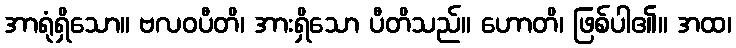
အာရုံရှိသော။ ဗလဝပီတိ၊ အားရှိသော ပီတိသည်။ ဟောတိ၊ ဖြစ်ပါ၏။ အထ၊